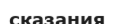
сказания